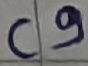
Text: C9